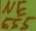
Text: 555